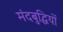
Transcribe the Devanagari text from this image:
मंदबुद्धियों